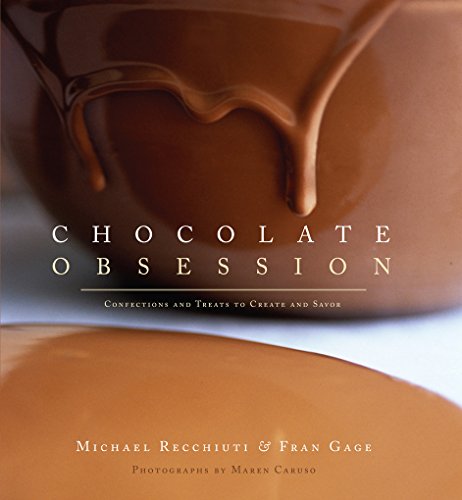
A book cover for Chocolate Obsession: Confections and Treats to Create and Savor; Michael Recchiuti; Cookbooks, Food & Wine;